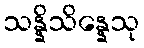
သန္နိသိန္နေသု